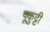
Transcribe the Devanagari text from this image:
पूकुट्टी